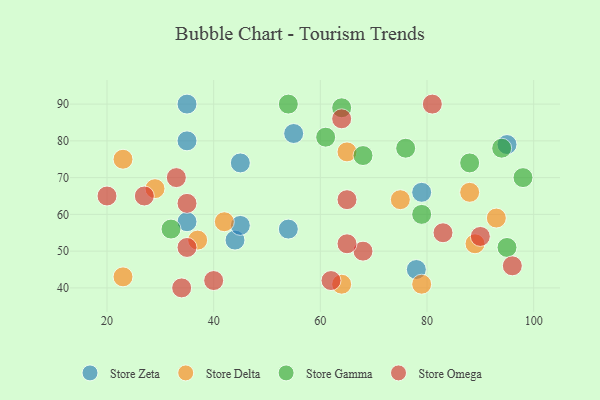
{"axis": {"x": "GDP", "y": "Life Expectancy"}, "legend": ["Store Delta", "Store Gamma", "Store Omega", "Store Zeta"], "data": [{"x": "35", "y": 80, "type": "Store Zeta"}, {"x": "35", "y": 90, "type": "Store Zeta"}, {"x": "78", "y": 45, "type": "Store Zeta"}, {"x": "45", "y": 74, "type": "Store Zeta"}, {"x": "35", "y": 58, "type": "Store Zeta"}, {"x": "55", "y": 82, "type": "Store Zeta"}, {"x": "95", "y": 79, "type": "Store Zeta"}, {"x": "44", "y": 53, "type": "Store Zeta"}, {"x": "79", "y": 66, "type": "Store Zeta"}, {"x": "54", "y": 56, "type": "Store Zeta"}, {"x": "45", "y": 57, "type": "Store Zeta"}, {"x": "23", "y": 75, "type": "Store Delta"}, {"x": "75", "y": 64, "type": "Store Delta"}, {"x": "65", "y": 77, "type": "Store Delta"}, {"x": "29", "y": 67, "type": "Store Delta"}, {"x": "42", "y": 58, "type": "Store Delta"}, {"x": "93", "y": 59, "type": "Store Delta"}, {"x": "23", "y": 43, "type": "Store Delta"}, {"x": "89", "y": 52, "type": "Store Delta"}, {"x": "88", "y": 66, "type": "Store Delta"}, {"x": "37", "y": 53, "type": "Store Delta"}, {"x": "64", "y": 41, "type": "Store Delta"}, {"x": "79", "y": 41, "type": "Store Delta"}, {"x": "76", "y": 78, "type": "Store Gamma"}, {"x": "98", "y": 70, "type": "Store Gamma"}, {"x": "64", "y": 89, "type": "Store Gamma"}, {"x": "88", "y": 74, "type": "Store Gamma"}, {"x": "79", "y": 60, "type": "Store Gamma"}, {"x": "61", "y": 81, "type": "Store Gamma"}, {"x": "32", "y": 56, "type": "Store Gamma"}, {"x": "68", "y": 76, "type": "Store Gamma"}, {"x": "94", "y": 78, "type": "Store Gamma"}, {"x": "54", "y": 90, "type": "Store Gamma"}, {"x": "95", "y": 51, "type": "Store Gamma"}, {"x": "62", "y": 42, "type": "Store Omega"}, {"x": "65", "y": 64, "type": "Store Omega"}, {"x": "35", "y": 63, "type": "Store Omega"}, {"x": "27", "y": 65, "type": "Store Omega"}, {"x": "83", "y": 55, "type": "Store Omega"}, {"x": "40", "y": 42, "type": "Store Omega"}, {"x": "34", "y": 40, "type": "Store Omega"}, {"x": "90", "y": 54, "type": "Store Omega"}, {"x": "68", "y": 50, "type": "Store Omega"}, {"x": "64", "y": 86, "type": "Store Omega"}, {"x": "35", "y": 51, "type": "Store Omega"}, {"x": "20", "y": 65, "type": "Store Omega"}, {"x": "33", "y": 70, "type": "Store Omega"}, {"x": "65", "y": 52, "type": "Store Omega"}, {"x": "81", "y": 90, "type": "Store Omega"}, {"x": "96", "y": 46, "type": "Store Omega"}]}